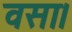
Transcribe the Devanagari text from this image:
वसा।